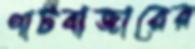
পাটবাজারের